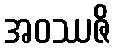
အဝဿဇိ